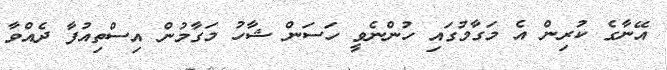
އޭނާގެ ކުރިން އެ މަގާމުގައި ހުންނެވީ ހަސަން ޝާހު މަގާމުން އިސްތިއުފާ ދެއްވާ